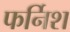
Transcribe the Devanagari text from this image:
फर्निश